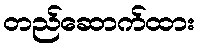
တည်ဆောက်ထား